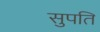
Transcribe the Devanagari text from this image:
सुपति